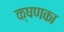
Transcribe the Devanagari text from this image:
क्षणका